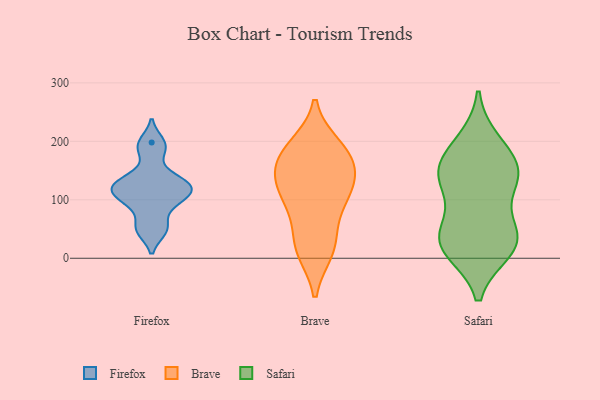
{"axis": {"x": "Tickets Resolved", "y": "Value"}, "legend": ["Brave", "Firefox", "Safari"], "data": [{"x": "", "y": 113, "type": "Firefox"}, {"x": "", "y": 198, "type": "Firefox"}, {"x": "", "y": 185, "type": "Firefox"}, {"x": "", "y": 48, "type": "Firefox"}, {"x": "", "y": 52, "type": "Firefox"}, {"x": "", "y": 104, "type": "Firefox"}, {"x": "", "y": 113, "type": "Firefox"}, {"x": "", "y": 90, "type": "Firefox"}, {"x": "", "y": 127, "type": "Firefox"}, {"x": "", "y": 136, "type": "Firefox"}, {"x": "", "y": 130, "type": "Firefox"}, {"x": "", "y": 134, "type": "Brave"}, {"x": "", "y": 83, "type": "Brave"}, {"x": "", "y": 179, "type": "Brave"}, {"x": "", "y": 20, "type": "Brave"}, {"x": "", "y": 124, "type": "Brave"}, {"x": "", "y": 191, "type": "Brave"}, {"x": "", "y": 24, "type": "Brave"}, {"x": "", "y": 14, "type": "Brave"}, {"x": "", "y": 180, "type": "Brave"}, {"x": "", "y": 99, "type": "Brave"}, {"x": "", "y": 170, "type": "Brave"}, {"x": "", "y": 150, "type": "Brave"}, {"x": "", "y": 114, "type": "Brave"}, {"x": "", "y": 40, "type": "Safari"}, {"x": "", "y": 14, "type": "Safari"}, {"x": "", "y": 124, "type": "Safari"}, {"x": "", "y": 185, "type": "Safari"}, {"x": "", "y": 147, "type": "Safari"}, {"x": "", "y": 135, "type": "Safari"}, {"x": "", "y": 151, "type": "Safari"}, {"x": "", "y": 17, "type": "Safari"}, {"x": "", "y": 25, "type": "Safari"}, {"x": "", "y": 140, "type": "Safari"}, {"x": "", "y": 38, "type": "Safari"}, {"x": "", "y": 47, "type": "Safari"}, {"x": "", "y": 199, "type": "Safari"}]}